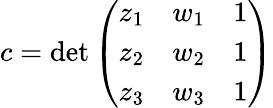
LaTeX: c=\operatorname*{d\mathrm{e}t}{\left(\begin{array}{lll}{z_{1}}&{w_{1}}&{1}\\ {z_{2}}&{w_{2}}&{1}\\ {z_{3}}&{w_{3}}&{1}\end{array}\right)}